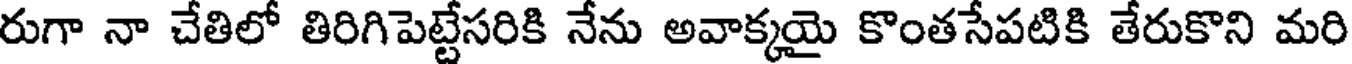
రుగా నా చేతిలో తిరిగిపెట్టేసరికి నేను అవాక్కయై కొంతసేపటికి తేరుకొని మరి